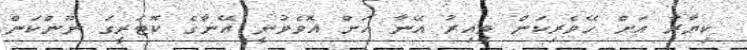
ކިޔާރާ އަށް ހޭވެރިކަން ވީއިރު އޭނާ އަށް އޮވެވުނީ އޭނާގެ ކޮޓަރީގަ ނޫންކަން